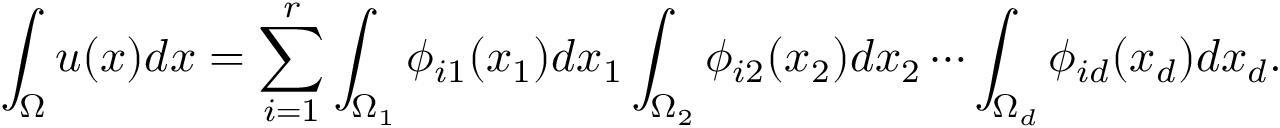
\int _ { \Omega } u ( x ) d x = \sum _ { i = 1 } ^ { r } \int _ { \Omega _ { 1 } } \phi _ { i 1 } ( x _ { 1 } ) d x _ { 1 } \int _ { \Omega _ { 2 } } \phi _ { i 2 } ( x _ { 2 } ) d x _ { 2 } \cdots \int _ { \Omega _ { d } } \phi _ { i d } ( x _ { d } ) d x _ { d } .